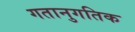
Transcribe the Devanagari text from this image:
गतानुगतिक